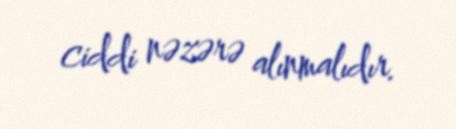
ciddi nəzərə alınmalıdır.